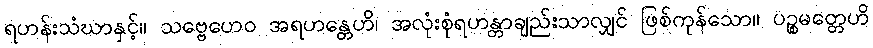
ရဟန်းသံဃာနှင့်။ သဗ္ဗေဟေဝ အရဟန္တေဟိ၊ အလုံးစုံရဟန္တာချည်းသာလျှင် ဖြစ်ကုန်သော။ ပဉ္စမတ္တေဟိ